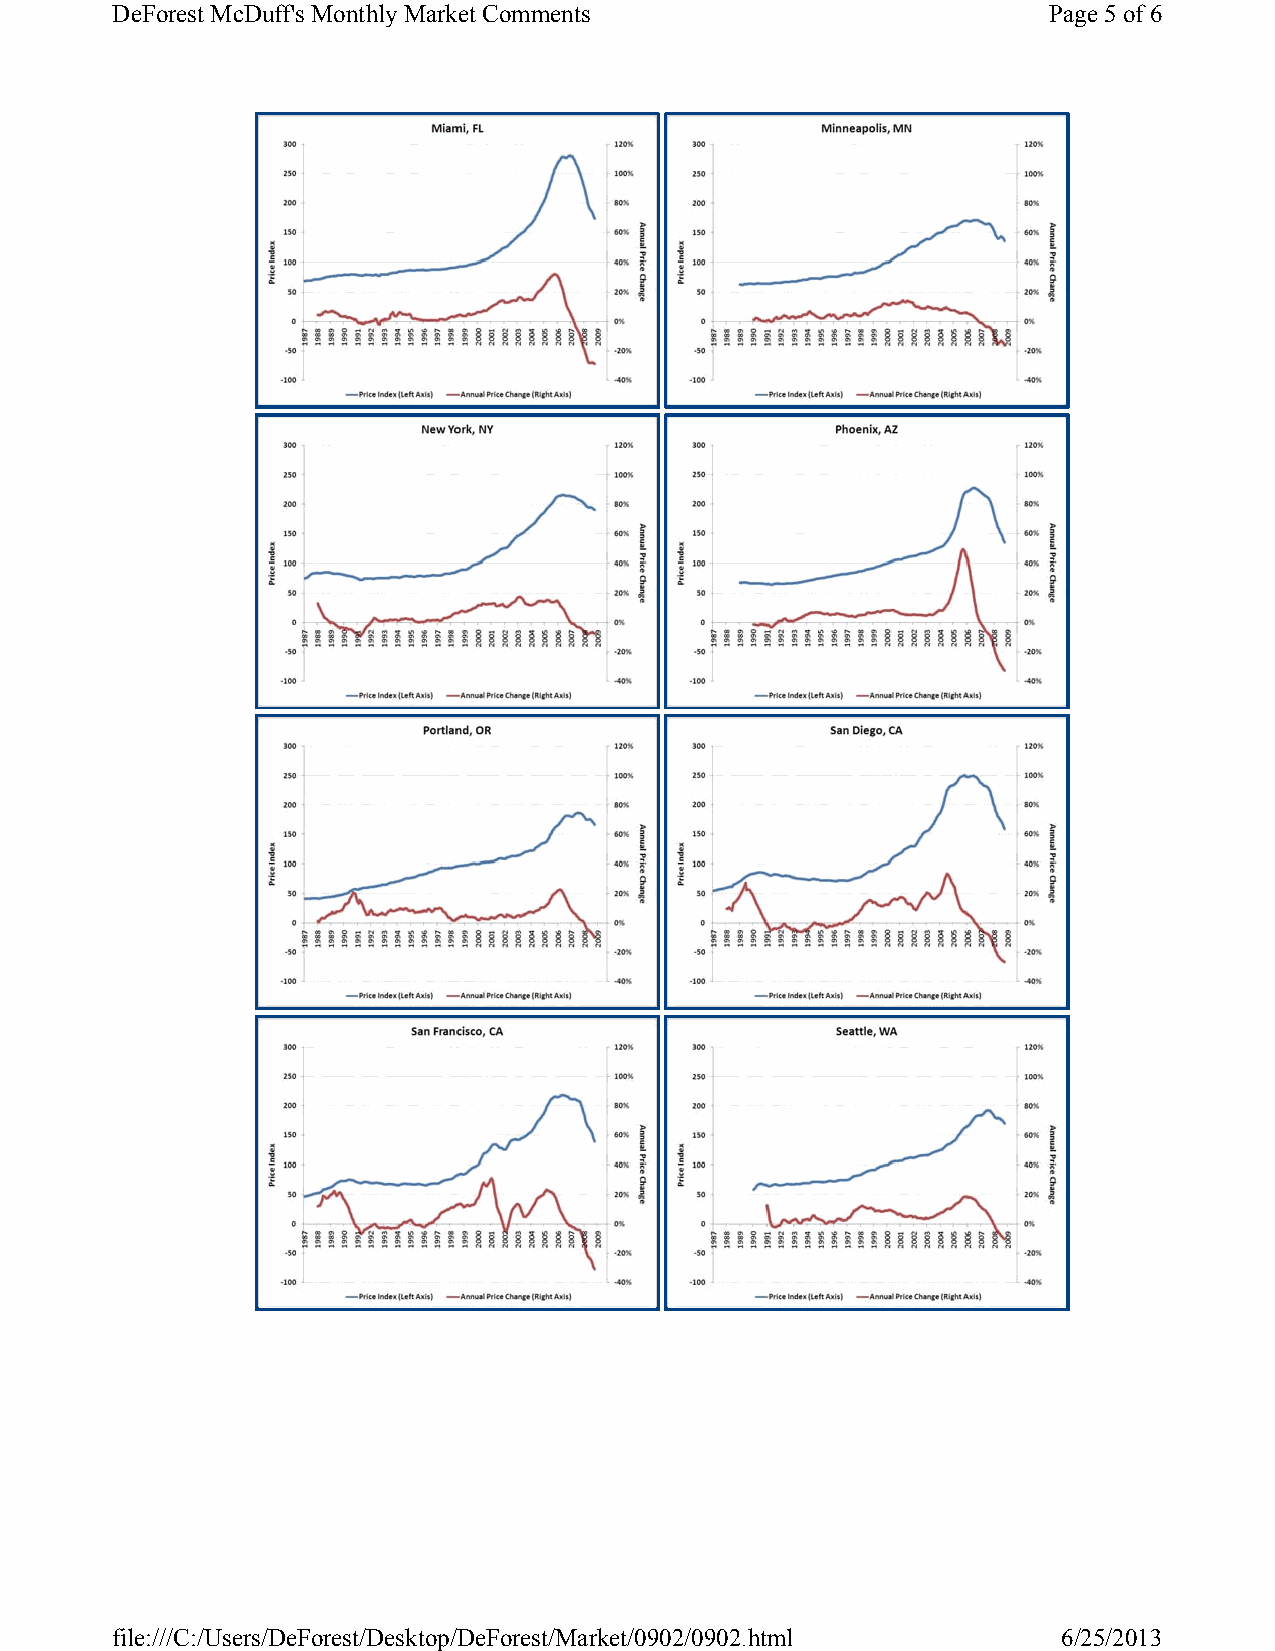
DeForest McDuff's Monthly Market Comments                     Page 5of 6
 file:///C:/Users/DeForest/Desktop/DeForest/Market/0902/0902.html 6/25/2013